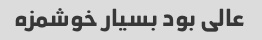
عالی بود بسیار خوشمزه